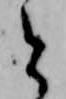
と